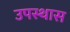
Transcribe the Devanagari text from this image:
उपस्थास